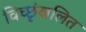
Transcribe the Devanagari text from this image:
विच्छृंखलित